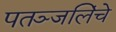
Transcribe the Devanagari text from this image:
पतञ्जलिंचे